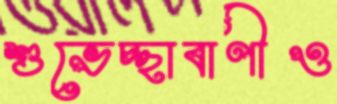
শুভেচ্ছাবাণীও